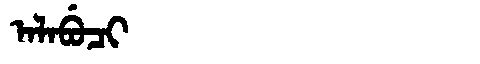
Manchu: ᠠᠯᠠᠪᡠᠴᡳ
Romanization: ALABUCI